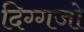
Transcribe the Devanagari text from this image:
दिग्गजो